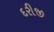
દરીજી